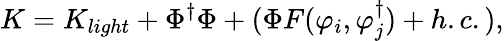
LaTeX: K=K_{light}+\Phi^{\dagger}\Phi+(\Phi F(\varphi_{i},\varphi_{j}^{\dagger})+h.c.),